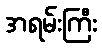
အရမ်းကြီး